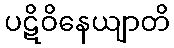
ပဋိဝိနေယျာတိ